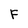
Character: F